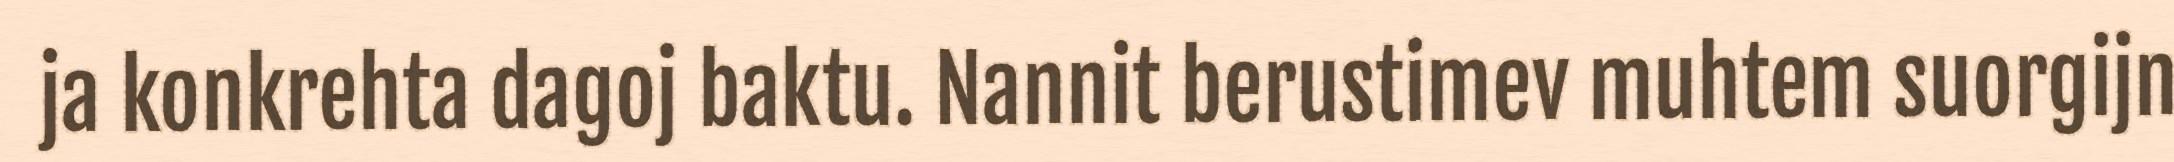
ja konkrehta dagoj baktu. Nannit berustimev muhtem suorgijn